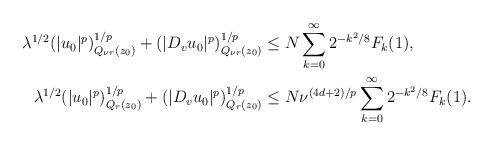
LaTeX: \begin{align*} \lambda^{1/2} (|u_0|^p)^{1/p}_{Q_{\nu r} (z_0)} + (|D_v u_0|^p)^{1/p}_{Q_{\nu r} (z_0)} & \le N \sum_{k = 0}^{\infty} 2^{-k^2/8} F_k (1), \\ \lambda^{1/2} (|u_0|^p)^{1/p}_{Q_{ r} (z_0)} + (|D_v u_0|^p)^{1/p}_{Q_{ r} (z_0)} & \le N \nu^{(4d+2)/p} \sum_{k = 0}^{\infty} 2^{-k^2/8} F_k (1). \end{align*}